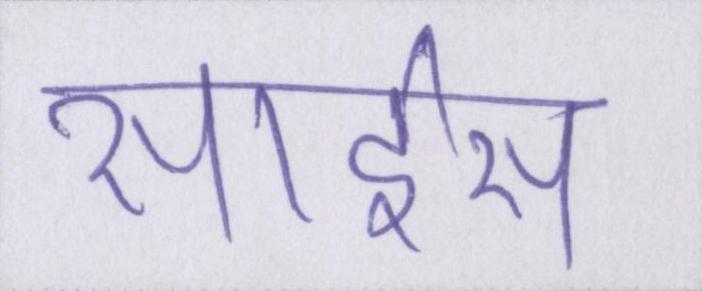
साइंस